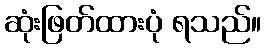
ဆုံးဖြတ်ထားပုံ ရသည်။